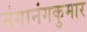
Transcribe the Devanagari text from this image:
नंगानंगकुमार